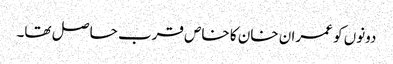
دونوں کو عمران خان کا خاص قرب حا صل تھا۔